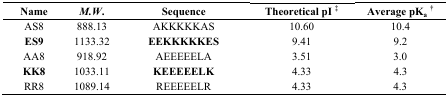
<table><thead><tr><td><b>Name</b></td><td><b><i>M.W</i>.</b></td><td><b>Sequence</b></td><td><b>Theoretical pI ‡</b></td><td><b>Average pK<sub>a</sub>†</b></td></tr></thead><tbody><tr><td>AS8</td><td>888.13</td><td>AKKKKKAS</td><td>10.60</td><td>10.4</td></tr><tr><td><b>ES9</b></td><td>1133.32</td><td><b>EEKKKKKES</b></td><td>9.41</td><td>9.2</td></tr><tr><td>AA8</td><td>918.92</td><td>AEEEEELA</td><td>3.51</td><td>3.0</td></tr><tr><td><b>KK8</b></td><td>1033.11</td><td><b>KEEEEELK</b></td><td>4.33</td><td>4.3</td></tr><tr><td>RR8</td><td>1089.14</td><td>REEEEELR</td><td>4.33</td><td>4.3</td></tr></tbody></table>